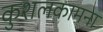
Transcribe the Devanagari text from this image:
कुशलकामना